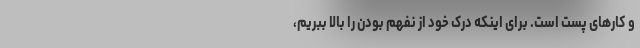
و کارهای پست است. برای اینکه درک خود از نفهم بودن را بالا ببریم،